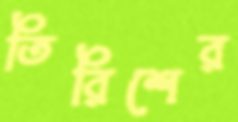
তিরিশের